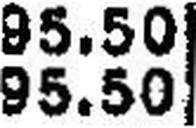
95.50